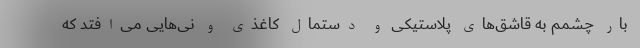
بار چشمم به قاشق‌های پلاستیکی و دستمال کاغذی و نی‌هایی می‌افتد که